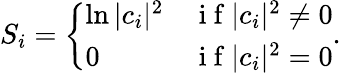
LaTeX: S_{i}=\left\{ \begin{array}{lr}{\ln|c_{i}|^{2}}&{\mathrm{~i~f~}|c_{i}|^{2}\neq 0}\\ {0}&{\mathrm{~i~f~}|c_{i}|^{2}=0}\end{array}\right..